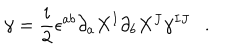
LaTeX: \gamma = \frac { i } { 2 } \epsilon ^ { a b } \partial _ { a } X ^ { I } \partial _ { b } X ^ { J } \gamma ^ { I J } .